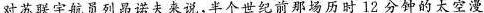
对苏联宇航员到昂诺夫来说，年个世纪那场历时12分钟的太空漫